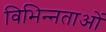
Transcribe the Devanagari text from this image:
विभिन्‍नताओं